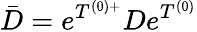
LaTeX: \bar{D}=e^{T^{(0)+}}De^{T^{(0)}}